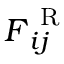
\boldsymbol { F } _ { i j } ^ { \mathrm { ~ R ~ } }